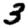
Digit: 3